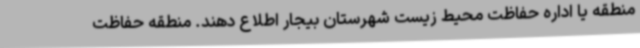
منطقه یا اداره حفاظت محیط زیست شهرستان بیجار اطلاع دهند. منطقه حفاظت